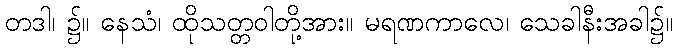
တဒါ၊ ၌။ နေသံ၊ ထိုသတ္တဝါတို့အား။ မရဏကာလေ၊ သေခါနီးအခါ၌။